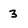
Character: 3